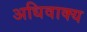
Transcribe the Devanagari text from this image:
अधिवाक्य